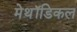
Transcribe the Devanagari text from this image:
मेथॉडिकल